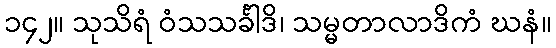
၁၄၂။ သုသိရံ ဝံသသင်္ခါဒိ၊ သမ္မတာလာဒိကံ ဃနံ။